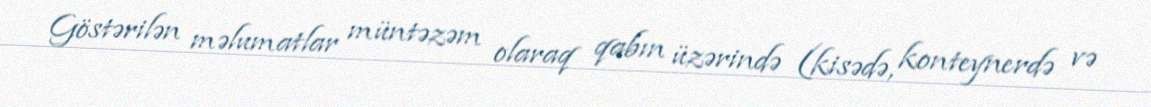
Göstərilən məlumatlar müntəzəm olaraq qabın üzərində (kisədə, konteynerdə və